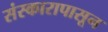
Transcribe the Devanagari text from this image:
संस्कारापासून